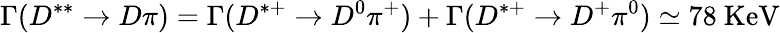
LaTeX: \Gamma(D^{**}\rightarrow D\pi)=\Gamma(D^{*+}\rightarrow D^{0}\pi^{+})+\Gamma(D^{*+}\rightarrow D^{+}\pi^{0})\simeq 78\mathrm{~KeV}